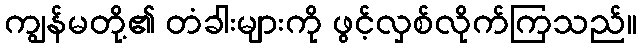
ကျွန်မတို့၏ တံခါးများကို ဖွင့်လှစ်လိုက်ကြသည်။